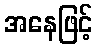
အနေဖြင့်